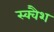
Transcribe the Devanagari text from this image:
स्‍क्‍वैश